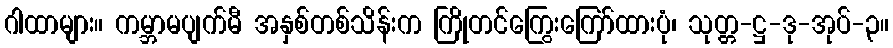
ဂါထာများ။ ကမ္ဘာမပျက်မီ အနှစ်တစ်သိန်းက ကြိုတင်ကြွေးကြော်ထားပုံ၊ သုတ္တ-ဋ္ဌ-ဒု-အုပ်-၃။